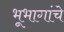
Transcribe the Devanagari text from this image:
भूभागांचे